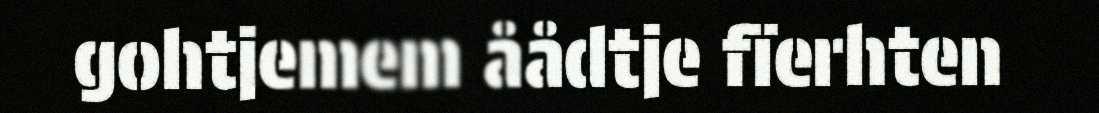
gohtjemem åådtje fïerhten